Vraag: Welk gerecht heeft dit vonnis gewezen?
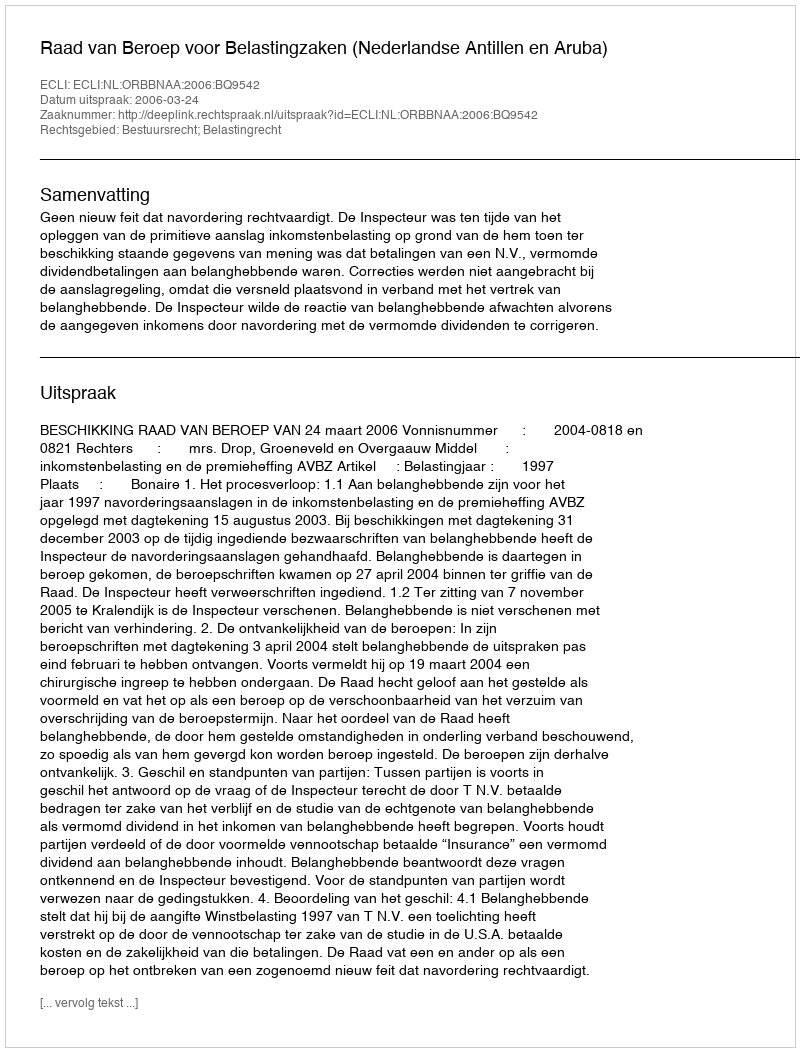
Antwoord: Raad van Beroep voor Belastingzaken (Nederlandse Antillen en Aruba)